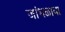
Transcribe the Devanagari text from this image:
जांभळाया